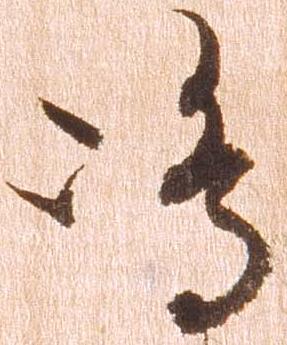
嶋